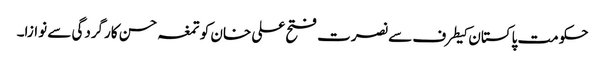
حکومت پاکستان کیطرف سے نصرت فتح علی خان کو تمغہ حسن کارگردگی سے نوازا۔